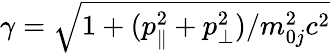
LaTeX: \gamma=\sqrt{1+(p_{\parallel}^{2}+p_{\perp}^{2})/m_{0j}^{2}c^{2}}